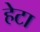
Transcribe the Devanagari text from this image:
हेटा